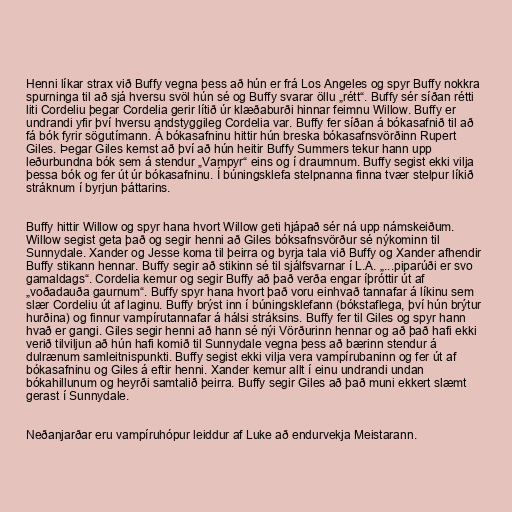
Henni líkar strax við Buffy vegna þess að hún er frá Los Angeles og spyr Buffy nokkra
spurninga til að sjá hversu svöl hún sé og Buffy svarar öllu „rétt“. Buffy sér síðan rétti
liti Cordeliu þegar Cordelia gerir lítið úr klæðaburði hinnar feimnu Willow. Buffy er
undrandi yfir því hversu andstyggileg Cordelia var. Buffy fer síðan á bókasafnið til að
fá bók fyrir sögutímann. Á bókasafninu hittir hún breska bókasafnsvörðinn Rupert
Giles. Þegar Giles kemst að því að hún heitir Buffy Summers tekur hann upp
leðurbundna bók sem á stendur „Vampyr“ eins og í draumnum. Buffy segist ekki vilja
þessa bók og fer út úr bókasafninu. Í búningsklefa stelpnanna finna tvær stelpur líkið
stráknum í byrjun þáttarins.

Buffy hittir Willow og spyr hana hvort Willow geti hjápað sér ná upp námskeiðum.
Willow segist geta það og segir henni að Giles bóksafnsvörður sé nýkominn til
Sunnydale. Xander og Jesse koma til þeirra og byrja tala við Buffy og Xander afhendir
Buffy stikann hennar. Buffy segir að stikinn sé til sjálfsvarnar í L.A. „...piparúði er svo
gamaldags“. Cordelia kemur og segir Buffy að það verða engar íþróttir út af
„voðadauða gaurnum“. Buffy spyr hana hvort það voru einhvað tannafar á líkinu sem
slær Cordeliu út af laginu. Buffy brýst inn í búningsklefann (bókstaflega, því hún brýtur
hurðina) og finnur vampírutannafar á hálsi stráksins. Buffy fer til Giles og spyr hann
hvað er gangi. Giles segir henni að hann sé nýi Vörðurinn hennar og að það hafi ekki
verið tilviljun að hún hafi komið til Sunnydale vegna þess að bærinn stendur á
dulrænum samleitnispunkti. Buffy segist ekki vilja vera vampírubaninn og fer út af
bókasafninu og Giles á eftir henni. Xander kemur allt í einu undrandi undan
bókahillunum og heyrði samtalið þeirra. Buffy segir Giles að það muni ekkert slæmt
gerast í Sunnydale.

Neðanjarðar eru vampíruhópur leiddur af Luke að endurvekja Meistarann.